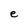
Character: e